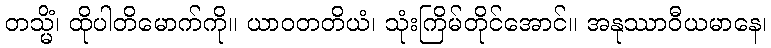
တသ္မိံ၊ ထိုပါတိမောက်ကို။ ယာဝတတိယံ၊ သုံးကြိမ်တိုင်အောင်။ အနုဿာဝီယမာနေ၊